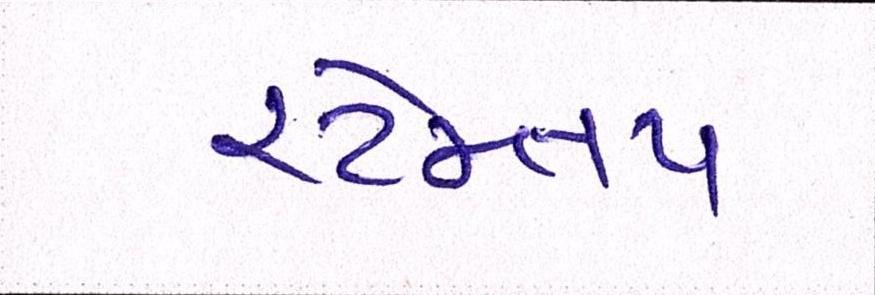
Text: સ્ટેમ્તપ